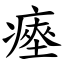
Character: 瘞